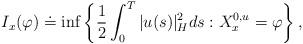
LaTeX: \begin{align*}I_{x}(\varphi )\doteq \inf \left\{ \frac{1}{2}\int_{0}^{T}|u(s)|_{H}^{2}ds:X_{x}^{0,u}=\varphi \right\} ,\end{align*}